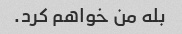
بله من خواهم کرد.